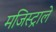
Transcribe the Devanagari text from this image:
मजिस्ट्राले